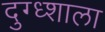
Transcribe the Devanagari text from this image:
दुग्ध्शाला